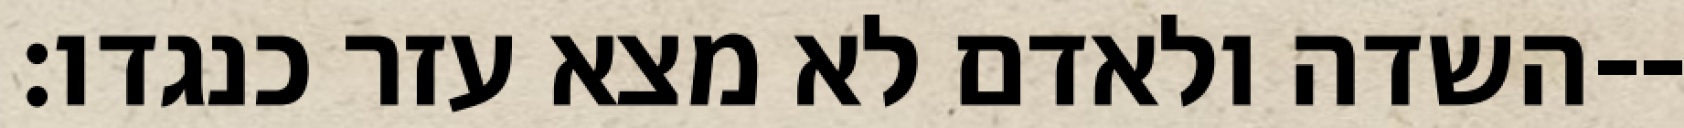
השדה ולאדם לא מצא עזר כנגדו׃--